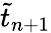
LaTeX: \tilde{t}_{n+1}